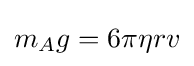
m_{A}g=6\pi \eta rv